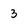
Character: 3